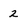
Character: 2